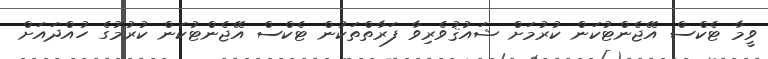
ވީމާ ޓެކްސް އޭޖެންޓުކަން ކުރުމަށް ޝައުޤުވެރިވާ ފަރާތްތަކުން ޓެކްސް އޭޖެންޓުކަން ކުރުމުގެ ހުއްދައަށް